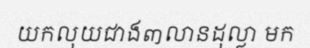
យកលុយជាង៣លានដុល្លា មក